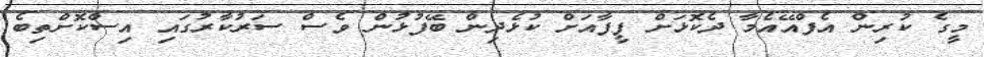
މީގެ ކުރިން އެފްއޭއެމާ ދެކޮޅަށް ފީފާއަށް ކުޅެދިން ބޭފުޅުން ވެސް ސަރުކާރުގައި އިސްކޮށްތިބެ